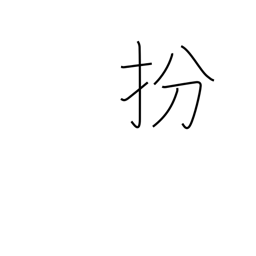
Meaning: disguise